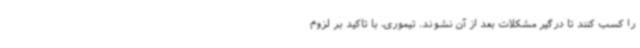
را کسب کنند تا درگیر مشکلات بعد از آن نشوند. تیموری، با تاکید بر لزوم